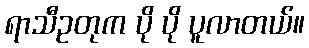
ရာသီဥတုက ပို ပို ပူလာတယ်။